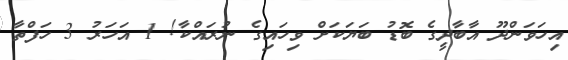
އިހަވަންދޫ އާބާދީގެ ބޮޑު ބަޔަކަށް ވިހައިގެ ނުރައްކާ! 1 އަހަރު 3 ހަފްތާ